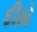
દીઠો